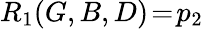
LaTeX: R_{1}(G,B,D)\! =\! p_{2}